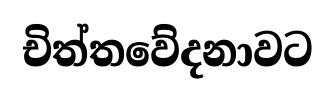
චිත්තවේදනාවට